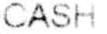
CASH